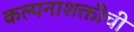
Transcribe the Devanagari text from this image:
कल्पनाशक्तीची